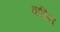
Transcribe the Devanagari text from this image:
वाधित